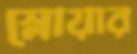
স্লোয়ার